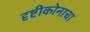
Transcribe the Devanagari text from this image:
दृष्टीकोनाचा